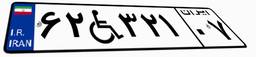
۱۱W۹۴۹۸۷